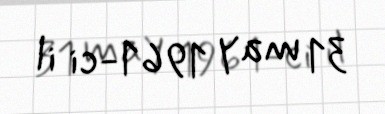
31 may 1961-ci il